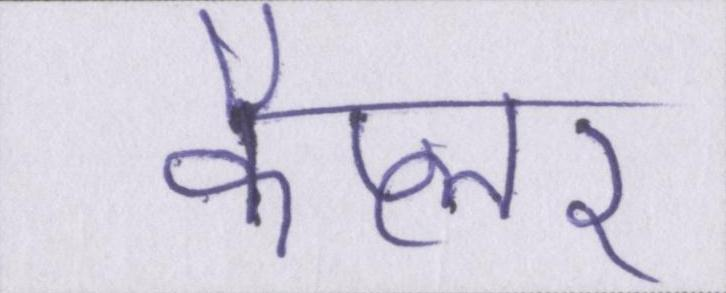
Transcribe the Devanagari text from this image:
कैप्लर